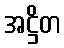
အဋ္ဌိတ